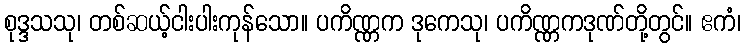
စုဒ္ဒသသု၊ တစ်ဆယ့်ငါးပါးကုန်သော။ ပကိဏ္ဏက ဒုကေသု၊ ပကိဏ္ဏကဒုဏ်တို့တွင်။ ဧကံ၊